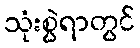
သုံးစွဲရာတွင်